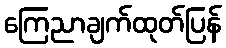
ကြေညာချက်ထုတ်ပြန်